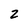
Character: 2